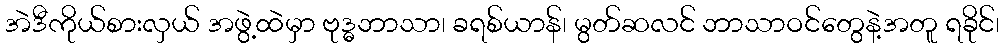
အဲဒီကိုယ်စားလှယ် အဖွဲ့ထဲမှာ ဗုဒ္ဓဘာသာ၊ ခရစ်ယာန်၊ မွတ်ဆလင် ဘာသာဝင်တွေနဲ့အတူ ရခိုင်၊